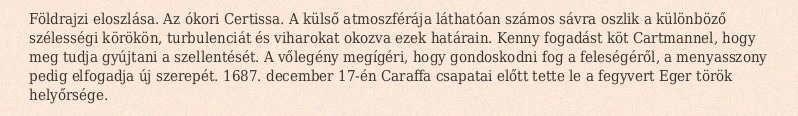
Földrajzi eloszlása. Az ókori Certissa. A külső atmoszférája láthatóan számos sávra oszlik a különböző szélességi körökön, turbulenciát és viharokat okozva ezek határain. Kenny fogadást köt Cartmannel, hogy meg tudja gyújtani a szellentését. A vőlegény megígéri, hogy gondoskodni fog a feleségéről, a menyasszony pedig elfogadja új szerepét. 1687. december 17-én Caraffa csapatai előtt tette le a fegyvert Eger török helyőrsége.